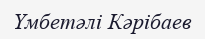
Үмбетәлі Кәрібаев